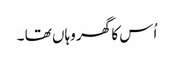
اُس کا گھر وہاں تھا ۔